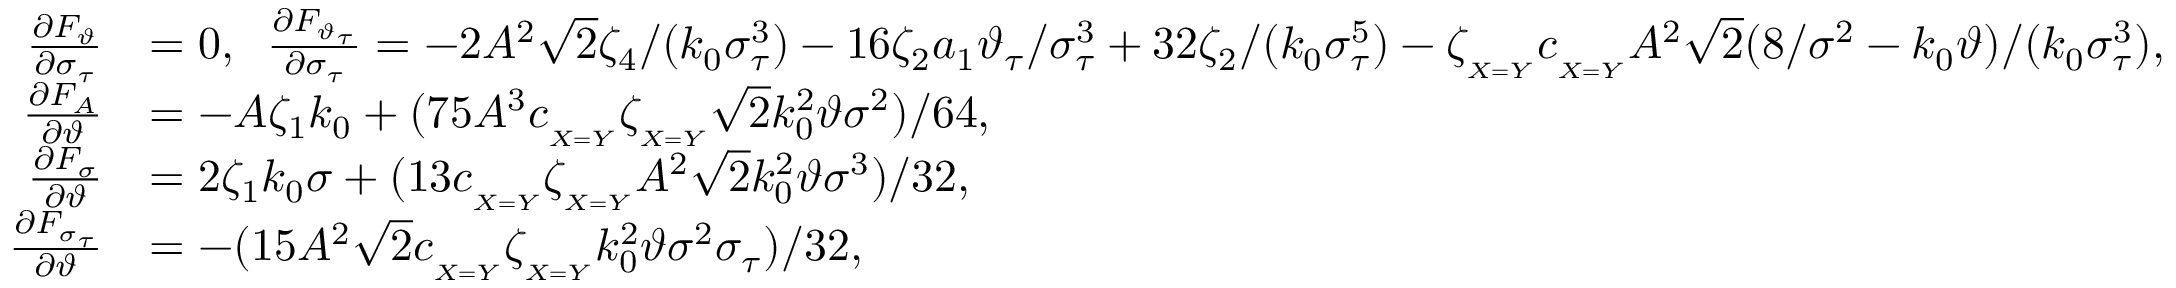
\begin{array} { r l } { \frac { \partial F _ { \vartheta } } { \partial \sigma _ { \tau } } } & { = 0 , \; \; \frac { \partial F _ { \vartheta _ { \tau } } } { \partial \sigma _ { \tau } } = - 2 A ^ { 2 } \sqrt { 2 } \zeta _ { 4 } / ( k _ { 0 } \sigma _ { \tau } ^ { 3 } ) - 1 6 \zeta _ { 2 } a _ { 1 } \vartheta _ { \tau } / \sigma _ { \tau } ^ { 3 } + 3 2 \zeta _ { 2 } / ( k _ { 0 } \sigma _ { \tau } ^ { 5 } ) - \zeta _ { _ { X = Y } } c _ { _ { X = Y } } A ^ { 2 } \sqrt { 2 } ( 8 / \sigma ^ { 2 } - k _ { 0 } \vartheta ) / ( k _ { 0 } \sigma _ { \tau } ^ { 3 } ) , } \\ { \frac { \partial F _ { A } } { \partial \vartheta } } & { = - A \zeta _ { 1 } k _ { 0 } + ( 7 5 A ^ { 3 } c _ { _ { X = Y } } \zeta _ { _ { X = Y } } \sqrt { 2 } k _ { 0 } ^ { 2 } \vartheta \sigma ^ { 2 } ) / 6 4 , } \\ { \frac { \partial F _ { \sigma } } { \partial \vartheta } } & { = 2 \zeta _ { 1 } k _ { 0 } \sigma + ( 1 3 c _ { _ { X = Y } } \zeta _ { _ { X = Y } } A ^ { 2 } \sqrt { 2 } k _ { 0 } ^ { 2 } \vartheta \sigma ^ { 3 } ) / 3 2 , } \\ { \frac { \partial F _ { \sigma _ { \tau } } } { \partial \vartheta } } & { = - ( 1 5 A ^ { 2 } \sqrt { 2 } c _ { _ { X = Y } } \zeta _ { _ { X = Y } } k _ { 0 } ^ { 2 } \vartheta \sigma ^ { 2 } \sigma _ { \tau } ) / 3 2 , } \end{array}